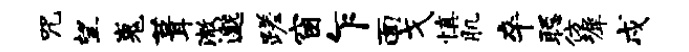
咒望嵬葺澈邈蹉窗乍面戈慎肌卒聪仿墀戍